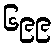
၆၉၉